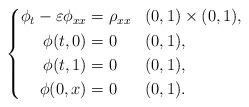
LaTeX: \begin{align*} \left\{ \begin{aligned} \phi_t - \varepsilon \phi_{xx} & = \rho_{xx} && (0,1) \times (0,1), \\ \phi(t,0) &= 0 && (0,1), \\ \phi(t,1) &= 0 && (0,1), \\ \phi(0,x) &= 0 && (0,1). \end{aligned} \right.\end{align*}